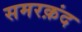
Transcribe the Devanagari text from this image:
समरक़ंद